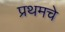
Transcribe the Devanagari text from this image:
प्रथमचे